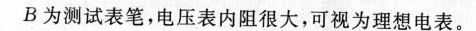
B为测试表笔，电压表内阻很大，可视为理想电表。